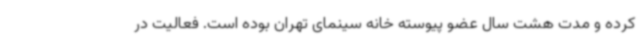
کرده و مدت هشت سال عضو پیوسته خانه سینمای تهران بوده است. فعالیت در